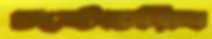
চষ্টোচরিত্র